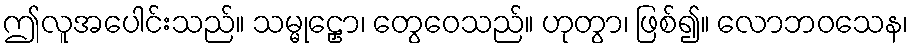
ဤလူအပေါင်းသည်။ သမ္မုဠှော၊ တွေဝေသည်။ ဟုတွာ၊ ဖြစ်၍။ လောဘဝသေန၊